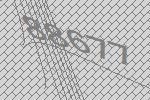
88677